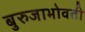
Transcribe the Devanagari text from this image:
बुरुजाभोवती